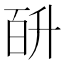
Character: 𭽎